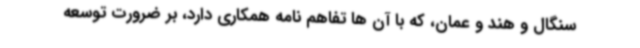
سنگال و هند و عمان، که با آن ها تفاهم نامه همکاری دارد، بر ضرورت توسعه